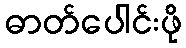
ဓာတ်ပေါင်းဖို